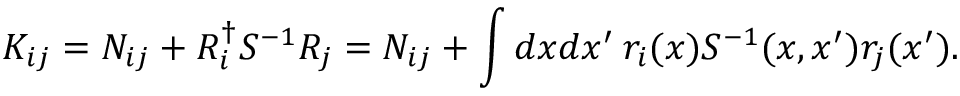
K _ { i j } = N _ { i j } + R _ { i } ^ { \dagger } S ^ { - 1 } R _ { j } = N _ { i j } + \int d x d x ^ { \prime } \: r _ { i } ( x ) S ^ { - 1 } ( x , x ^ { \prime } ) r _ { j } ( x ^ { \prime } ) .